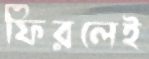
ফিরলেই